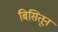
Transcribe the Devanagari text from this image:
बिसितून